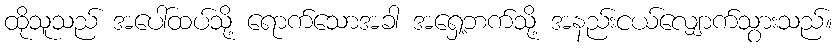
ထိုသူသည် အပေါ်ထပ်သို့ ရောက်သောအခါ အရှေ့ဘက်သို့ အနည်းငယ်လျှောက်သွားသည်။